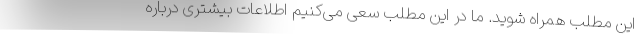
این مطلب همراه شوید. ما در این مطلب سعی می‌کنیم اطلاعات بیشتری درباره